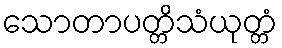
သောတာပတ္တိသံယုတ္တံ